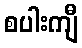
စပါးကျီ